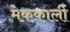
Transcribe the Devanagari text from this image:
मेककार्ली